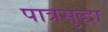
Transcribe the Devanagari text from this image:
पात्रसुद्धा